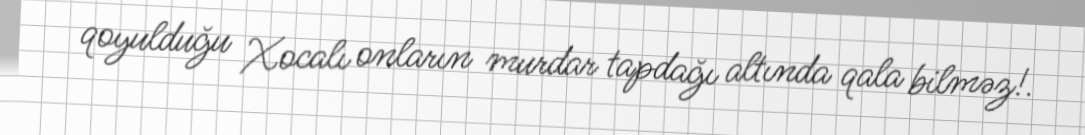
qoyulduğu Xocalı onların murdar tapdağı altında qala bilməz!.